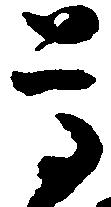
尊